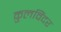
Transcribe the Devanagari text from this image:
कुलविंदर